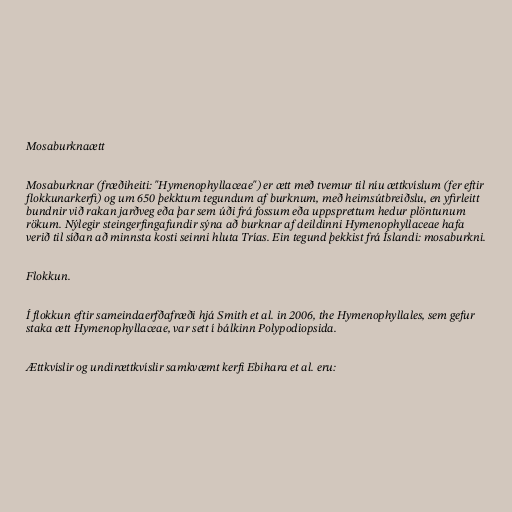
Mosaburknaætt

Mosaburknar (fræðiheiti: "Hymenophyllaceae") er ætt með tvemur til níu ættkvíslum (fer eftir
flokkunarkerfi) og um 650 þekktum tegundum af burknum, með heimsútbreiðslu, en yfirleitt
bundnir við rakan jarðveg eða þar sem úði frá fossum eða uppsprettum hedur plöntunum
rökum. Nýlegir steingerfingafundir sýna að burknar af deildinni Hymenophyllaceae hafa
verið til síðan að minnsta kosti seinni hluta Trías. Ein tegund þekkist frá Íslandi: mosaburkni.

Flokkun.

Í flokkun eftir sameindaerfðafræði hjá Smith et al. in 2006, the Hymenophyllales, sem gefur
staka ætt Hymenophyllaceae, var sett í bálkinn Polypodiopsida.

Ættkvíslir og undirættkvíslir samkvæmt kerfi Ebihara et al. eru: